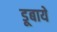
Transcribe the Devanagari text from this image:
डूबाये